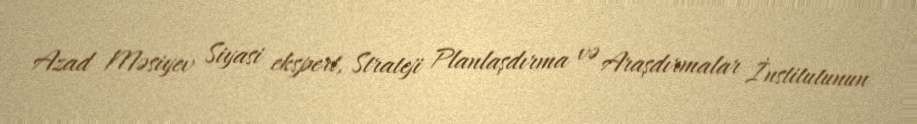
Azad Məsiyev Siyasi ekspert, Strateji Planlaşdırma və Araşdırmalar İnstitutunun